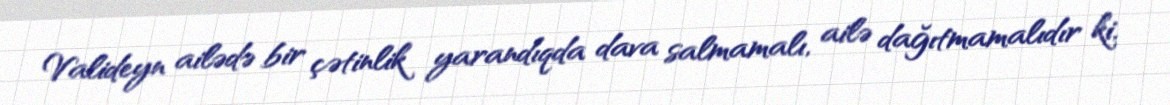
Valideyn ailədə bir çətinlik yarandıqda dava salmamalı, ailə dağıtmamalıdır ki,